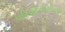
પરિણીતીસોનમ